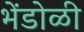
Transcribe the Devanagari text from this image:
भेंडोळी